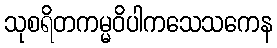
သုစရိတကမ္မဝိပါကသေသကေန